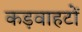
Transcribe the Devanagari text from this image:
कड़वाहटों